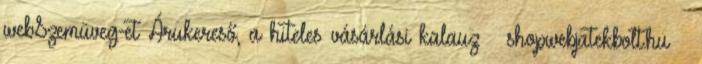
webSzemüveg-et Árukereső, a hiteles vásárlási kalauz » shopwebjatekbolt.hu »